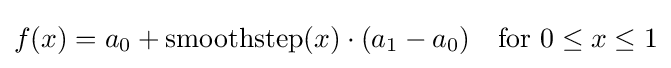
f(x)=a_{0}+\operatorname {smoothstep} (x)\cdot (a_{1}-a_{0})\quad {\text{for }}0\leq x\leq 1